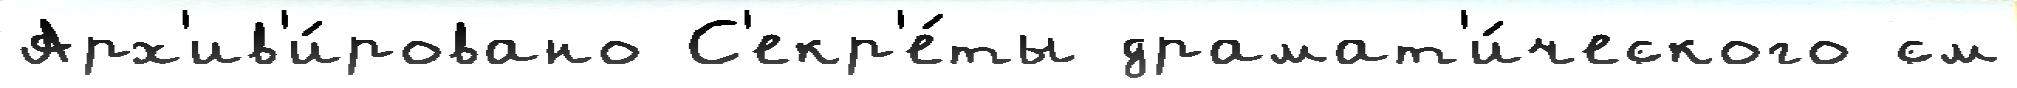
Арх'ив'и́ровано С'екр'е́ты драмат'и́ческого см